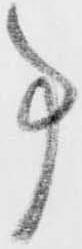
事